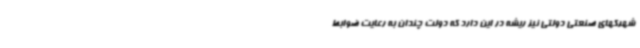
شهرکهای صنعتی دولتی نیز ریشه در این دارد که دولت چندان به رعایت ضوابط